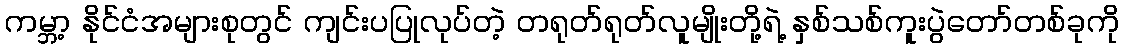
ကမ္ဘာ့ နိုင်ငံအများစုတွင် ကျင်းပပြုလုပ်တဲ့ တရုတ်ရုတ်လူမျိုးတို့ရဲ့ နှစ်သစ်ကူးပွဲတော်တစ်ခုကို